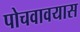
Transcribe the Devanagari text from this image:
पोचवावयास